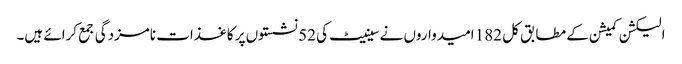
الیکشن کمیشن کے مطابق کل 182 امیدواروں نے سینیٹ کی 52 نشستوں پر کاغذات نامزدگی جمع کرائے ہیں۔